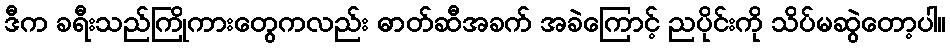
ဒီက ခရီးသည်ကြိုကားတွေကလည်း ဓာတ်ဆီအခက် အခဲကြောင့် ညပိုင်းကို သိပ်မဆွဲတော့ပါ။